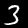
Label: 3